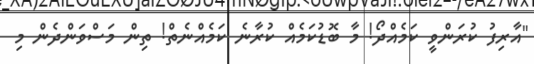
"އާރިފު ކުރަންވީ ކަމެއްދޯ! މާ ބޮޑުކަމެއް ކުރާނެ ކަމެއްނެތް! ތިން މަސްވަންދެން މި